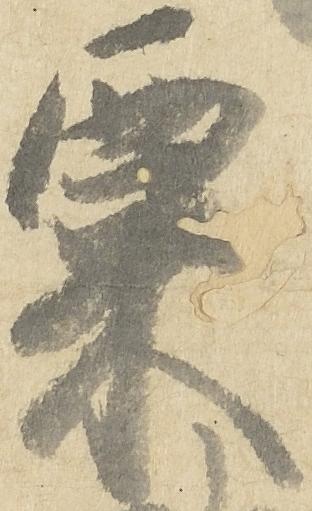
粟